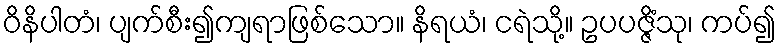
ဝိနိပါတံ၊ ပျက်စီး၍ကျရာဖြစ်သော။ နိရယံ၊ ငရဲသို့။ ဥပပဇ္ဇိံသု၊ ကပ်၍